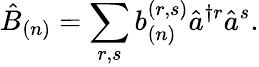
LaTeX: \hat{B}_{(n)}=\sum_{r,s}b_{(n)}^{(r,s)}\hat{a}^{\dagger r}\hat{a}^{s}.